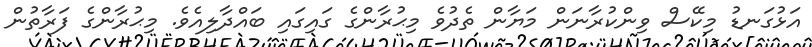
އަޅުގަނޑު މިކޭސް ވިންކުރާނަން މަޔާން ތެދުވެ މިޙުރާންގެ ގައިގައި ބައްދާލިއެވެ. މިޙުރާންގެ ފަރާތުން